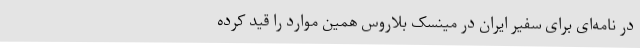
در نامه‌ای برای سفیر ایران در مینسک بلاروس همین موارد را قید کرده